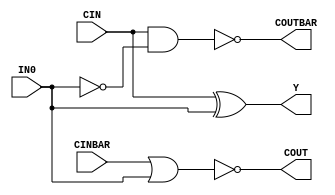
//------------------------------------------------------
// Copyright 1992, 1993 Cascade Design Automation Corporation.
//------------------------------------------------------
module dpincbar(CIN,CINBAR,IN0,COUT,COUTBAR,Y);
  parameter BIT = 0;
  parameter COLINST = "0";
  parameter GROUP = "dpath1";
  parameter
        d_CIN_r = 0,
        d_CIN_f = 0,
        d_CINBAR_r = 0,
        d_CINBAR_f = 0,
        d_IN0_r = 0,
        d_IN0_f = 0,
        d_COUT_r = 1,
        d_COUT_f = 1,
        d_COUTBAR_r = 1,
        d_COUTBAR_f = 1,
        d_Y_r = 1,
        d_Y_f = 1;
  input  CIN;
  input  CINBAR;
  input  IN0;
  output  COUT;
  output  COUTBAR;
  output  Y;
  wire  CIN_temp;
  wire  CINBAR_temp;
  wire  IN0_temp;
  reg  COUT_temp;
  reg  COUTBAR_temp;
  reg  Y_temp;
  assign #(d_CIN_r,d_CIN_f) CIN_temp = CIN;
  assign #(d_CINBAR_r,d_CINBAR_f) CINBAR_temp = CINBAR;
  assign #(d_IN0_r,d_IN0_f) IN0_temp = IN0;
  assign #(d_COUT_r,d_COUT_f) COUT = COUT_temp;
  assign #(d_COUTBAR_r,d_COUTBAR_f) COUTBAR = COUTBAR_temp;
  assign #(d_Y_r,d_Y_f) Y = Y_temp;
  always
    @(IN0_temp or CIN_temp or CINBAR_temp)
      begin
      COUT_temp = ( ~ (CINBAR_temp | IN0_temp));
      COUTBAR_temp = ( ~ (CIN_temp & ( ~ IN0_temp)));
      Y_temp = (CIN_temp ^ IN0_temp);
      end
endmodule